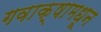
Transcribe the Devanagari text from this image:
गवाक्षामधून